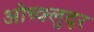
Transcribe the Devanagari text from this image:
ओच्क्लुदर